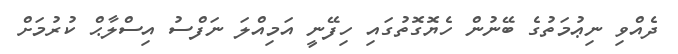
ދެއްވި ނިޢުމަތުގެ ބޭނުން ހެޔޮގޮތުގައި ހިފޭނީ އަމިއްލަ ނަފްސު އިސްލާޙް ކުރުމަށް